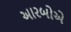
અારબોએ